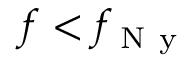
f < f _ { \mathrm { ~ N ~ y ~ } }